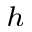
^ h